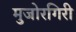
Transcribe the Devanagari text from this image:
मुजोरगिरी